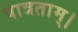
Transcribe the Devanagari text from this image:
पात्रताम्।